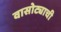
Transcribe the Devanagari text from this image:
वासोट्याची